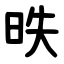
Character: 昳